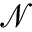
\mathcal { N }